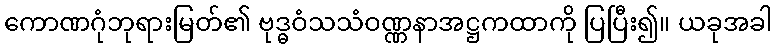
ကောဏဂုံဘုရားမြတ်၏ ဗုဒ္ဓဝံသသံဝဏ္ဏနာအဋ္ဌကထာကို ပြပြီး၍။ ယခုအခါ